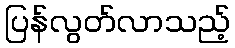
ပြန်လွတ်လာသည့်